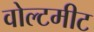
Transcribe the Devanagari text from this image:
वोल्टमीट